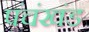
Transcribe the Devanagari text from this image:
पंचंखंड